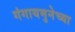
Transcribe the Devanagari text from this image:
गंगायमुनेच्या